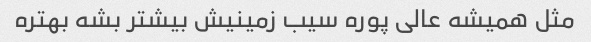
مثل همیشه عالی پوره سیب زمینیش بیشتر بشه بهتره